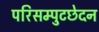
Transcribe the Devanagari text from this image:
परिसम्पुटछेदन